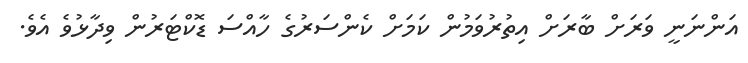
އަންނަނީ ވަރަށް ބާރަށް އިތުރުވަމުން ކަމަށް ކެންސަރުގެ ހާއްސަ ޑޮކްޓަރުން ވިދާޅުވެ އެވެ.